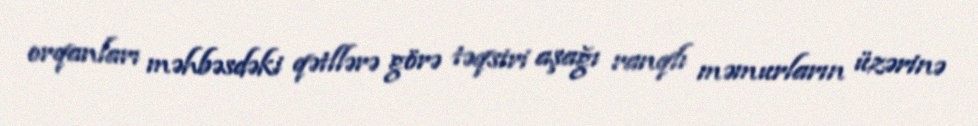
orqanları məhbəsdəki qətllərə görə təqsiri aşağı ranqlı məmurların üzərinə